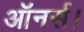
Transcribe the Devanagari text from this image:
ऑनर्स।